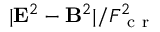
| \mathbf { E } ^ { 2 } - \mathbf { B } ^ { 2 } | / F _ { \mathrm { ~ c ~ r ~ } } ^ { 2 }